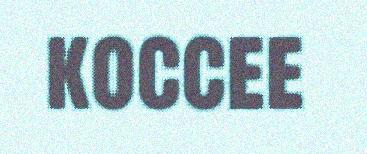
koccee